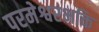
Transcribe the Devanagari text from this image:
परमेश्वरभक्ति